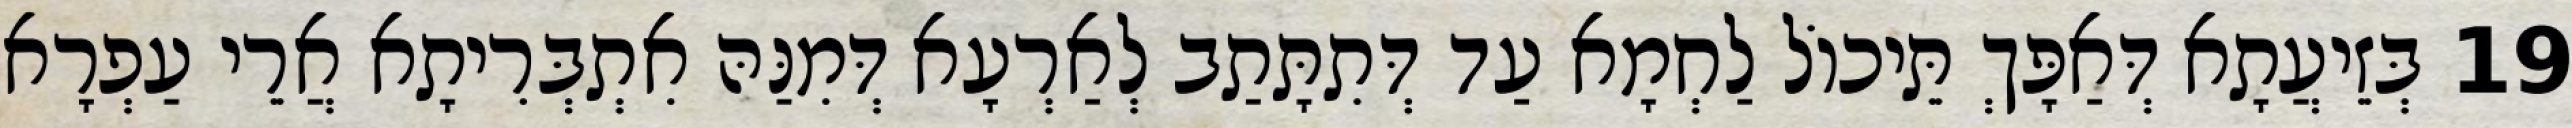
19 בְּזֵיעֲתָא דְּאַפָּךְ תֵּיכוֹל לַחְמָא עַד דְּתִתָּתַב לְאַרְעָא דְּמִנַּהּ אִתְבְּרִיתָא אֲרֵי עַפְרָא